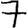
Digit: 7